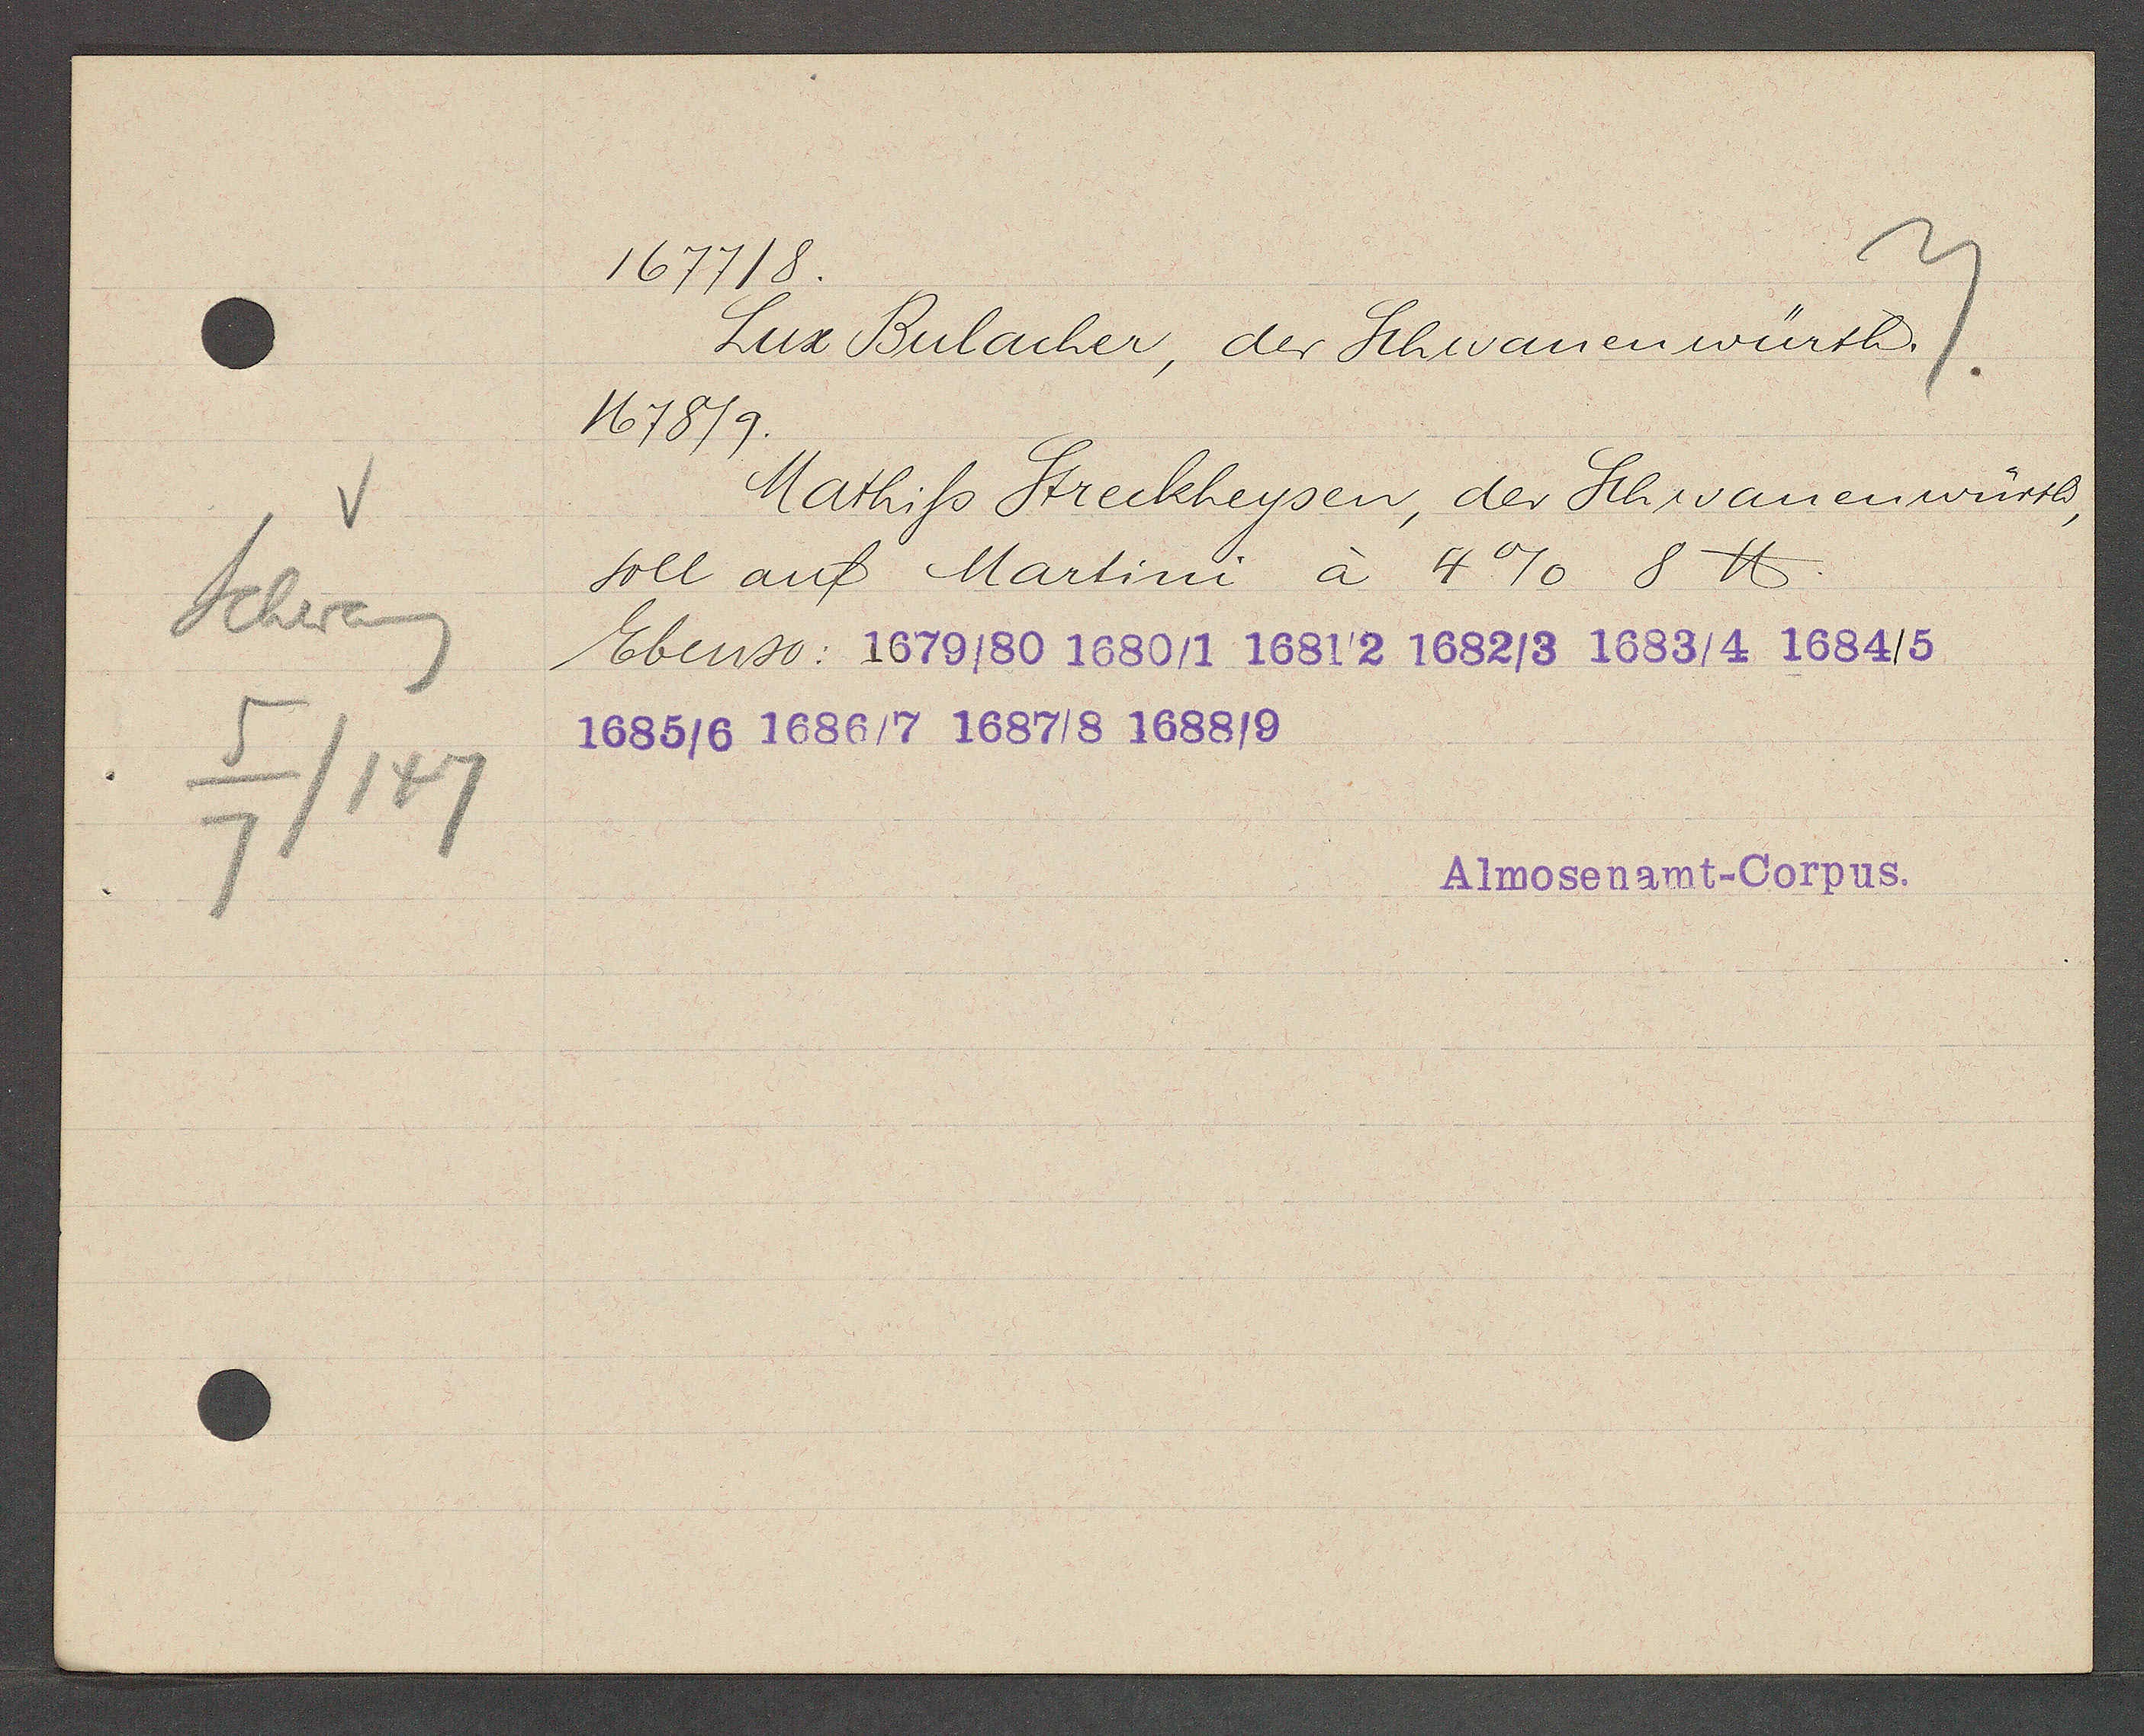
Transcript:
Schwaneng
5
/147
7

1677/8.

Lux Bulacher, der Schwanenwürth.
1678/9.
Mathiss Streckheysen, der Schwanenwürth,
soll auf Martini à 4% 8 ℔.
Ebenso: 1679/80 1680/1 1681/2 1682/3 1683/4 1684/5
1685/6 1686/7 1687/8 1688/9

Almosenamt-Corpus.